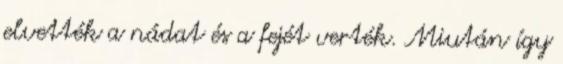
elvették a nádat és a fejét verték. Miután így